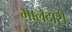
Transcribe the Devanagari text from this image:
भालेदारी